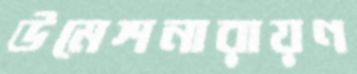
উমেশনারায়ণ